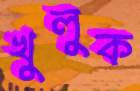
খুলুক